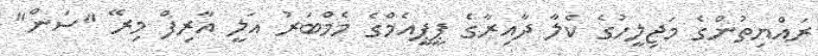
ރައްޔިތުންގެ މަޖިލީހުގެ ކެލާ ދާއިރާގެ ޕީޕީއެމްގެ މެމްބަރު އަލީ އާރިފް މިރޭ "ސަން"